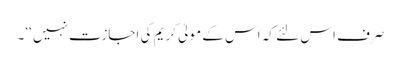
صرف اس لئے کہ اس کے مولیٰ کریم کی اجازت نہیں ‘‘۔